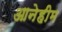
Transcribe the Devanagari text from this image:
आनेहीम